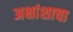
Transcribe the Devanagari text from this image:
अक्षांशाचा